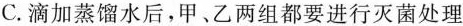
C.滴加蒸馏水后，甲、乙两组都要进行灭菌处理